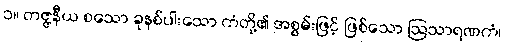
၁။ တဇ္ဇနီယ စသော ခုနစ်ပါးသော ကံတို့၏ အစွမ်းဖြင့် ဖြစ်သော ဩသာရဏကံ၊